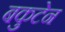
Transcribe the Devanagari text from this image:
बकुटेन